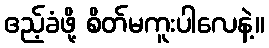
ဧည့်ခံဖို့ စိတ်မကူးပါလေနဲ့။